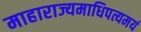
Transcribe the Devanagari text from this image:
माहाराज्यमाधिपत्यमयं